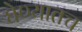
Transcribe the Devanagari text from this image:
घेण्यातच